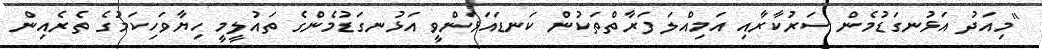
"މިއަދު އަޅުނގަޑުމެން ސަރުކާރާއި އަމިއްލަ ފަރާތްތަކުން ކަނޑައަޅަންވީ އަޅުނގަޑުމެންގެ ތައުލީމީ ހިޔާވަހިކަމުގެ ތެރެއިން